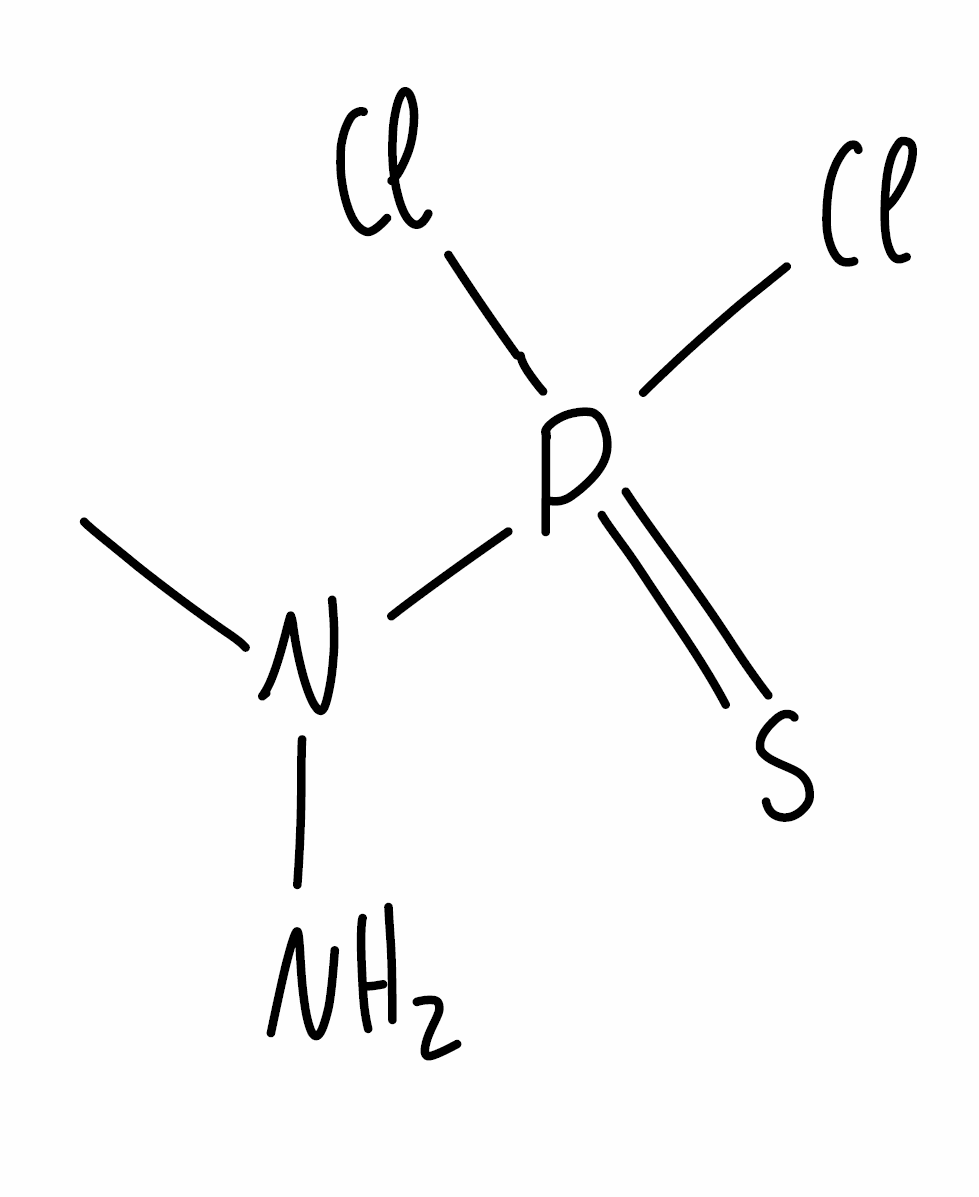
Simplified molecular-input line-entry system (SMILES) notation of the given molecule:
CN(N)P(=S)(Cl)Cl